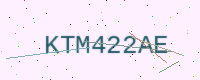
Text: KTM422AE